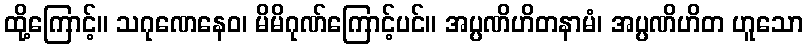
ထို့ကြောင့်။ သဂုဏေနေဝ၊ မိမိဂုဏ်ကြောင့်ပင်။ အပ္ပဏိဟိတနာမံ၊ အပ္ပဏိဟိတ ဟူသော